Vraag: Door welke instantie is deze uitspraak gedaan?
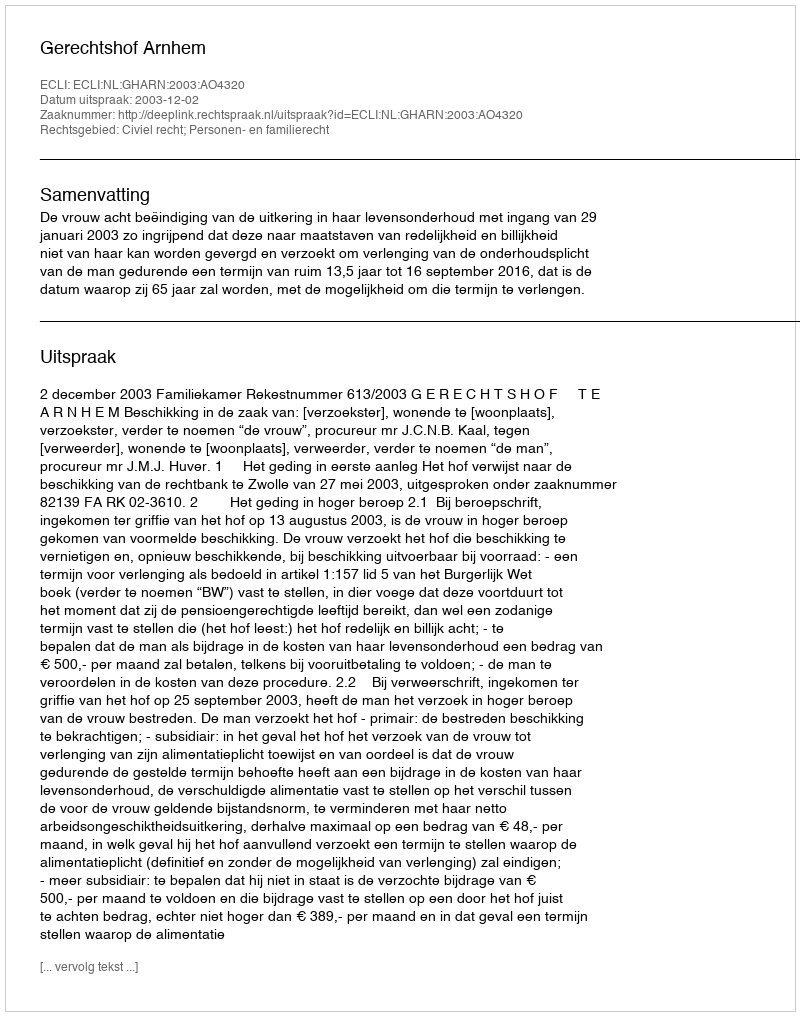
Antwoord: Gerechtshof Arnhem